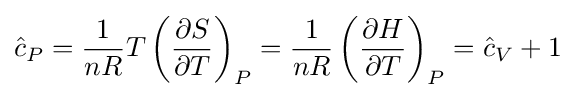
{\hat {c}}_{P}={\frac {1}{nR}}T\left({\frac {\partial S}{\partial T}}\right)_{P}={\frac {1}{nR}}\left({\frac {\partial H}{\partial T}}\right)_{P}={\hat {c}}_{V}+1